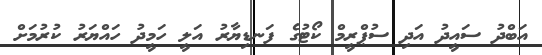
އަބްދު ސައީދު އަދި ސުޕްރީމް ކޯޓުގެ ފަނޑިޔާރު އަލީ ހަމީީދު ހައްޔަރު ކުރުމަށް